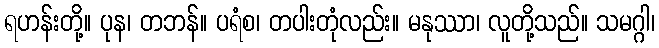
ရဟန်းတို့။ ပုန၊ တဘန်။ ပရံစ၊ တပါးတုံလည်း။ မနုဿာ၊ လူတို့သည်။ သမဂ္ဂါ၊